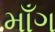
માઁગ